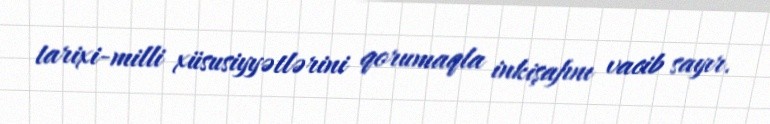
tarixi-milli xüsusiyyətlərini qorumaqla inkişafını vacib sayır.